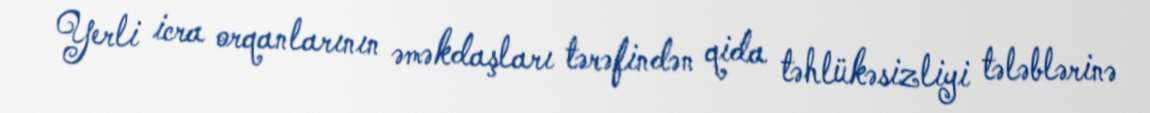
Yerli icra orqanlarının əməkdaşları tərəfindən qida təhlükəsizliyi tələblərinə